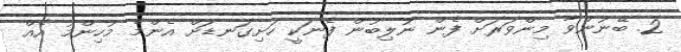
2. ބޭނުންވާ މިންވަރަށް ފެން ނުލިބުން ފެނަކީ ހަށިގަނޑަށް އެންމެ މުހިންމު އެއް